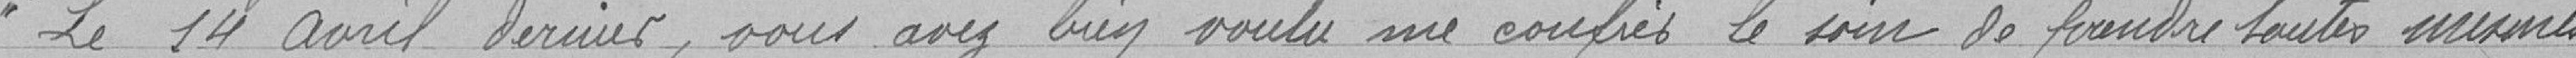
" Le 14 avril dernier, vous avez bien voulu me confier le soin de prendre toutes mesures